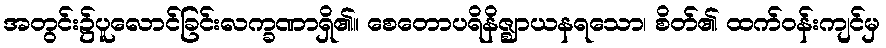
အတွင်း၌ပူလောင်ခြင်းလက္ခဏာရှိ၏။ စေတောပရိနိဇ္ဈာယနရသော၊ စိတ်၏ ထက်ဝန်းကျင်မှ